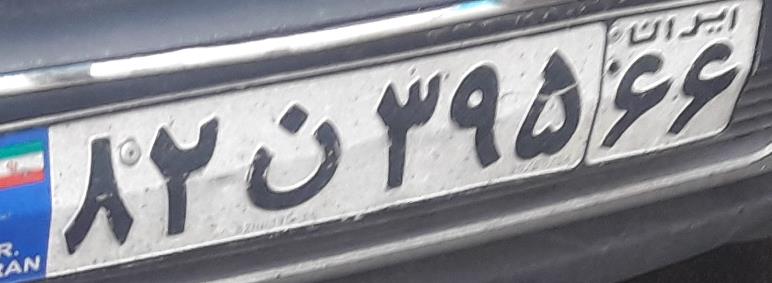
۸۲ن۳۹۵۶۶